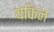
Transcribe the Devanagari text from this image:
यकिन